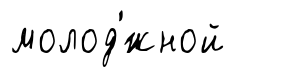
молод'́жной